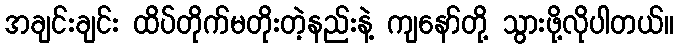
အချင်းချင်း ထိပ်တိုက်မတိုးတဲ့နည်းနဲ့ ကျနော်တို့ သွားဖို့လိုပါတယ်။